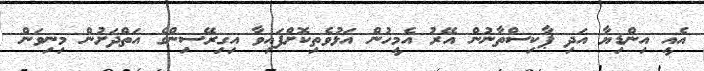
އެއީ އިންޑިޔާ އަދި ޕާކިސްތާނުން އޭރު އެމީހުން އަޅުވެތިކޮށްފައިވާ އިގިރޭސިންގެ އަތްދަށުން މިނިވަން